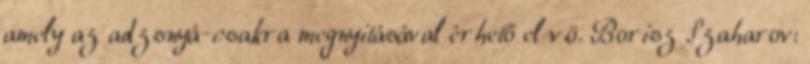
amely az adzsnyá-csakra megnyitásával érhető el v.ö. Borisz Szaharov: